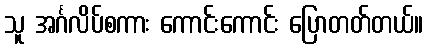
သူ အင်္ဂလိပ်စကား ကောင်းကောင်း ပြောတတ်တယ်။